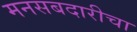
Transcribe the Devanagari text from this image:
मनसबदारीचा